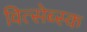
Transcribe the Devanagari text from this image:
वित्सेब्स्क